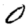
Digit: 0